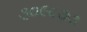
૩૦૯૮૭૭